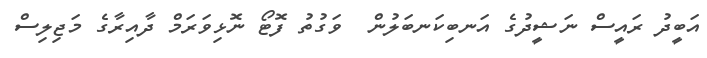
އަބީދު ރައީސް ނަޝީދުގެ އަނބިކަނބަލުން  ވަގުތު ފޮޓޯ ނޮޅިވަރަމް ދާއިރާގެ މަޖިލިސް